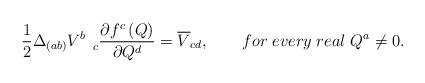
LaTeX: \begin{align*}\frac 12\Delta _{(ab)}V_{\quad c}^b\frac{\partial f^c\left(Q\right) }{\partial Q^d}=\overline{V}_{cd},\qquad for\;every\;real\;Q^a\neq0.\end{align*}